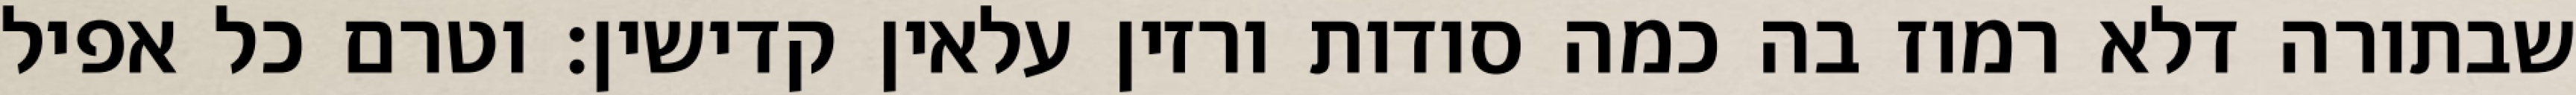
שבתורה דלא רמוז בה כמה סודות ורזין עלאין קדישין: וטרם כל אפיל